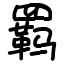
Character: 羁